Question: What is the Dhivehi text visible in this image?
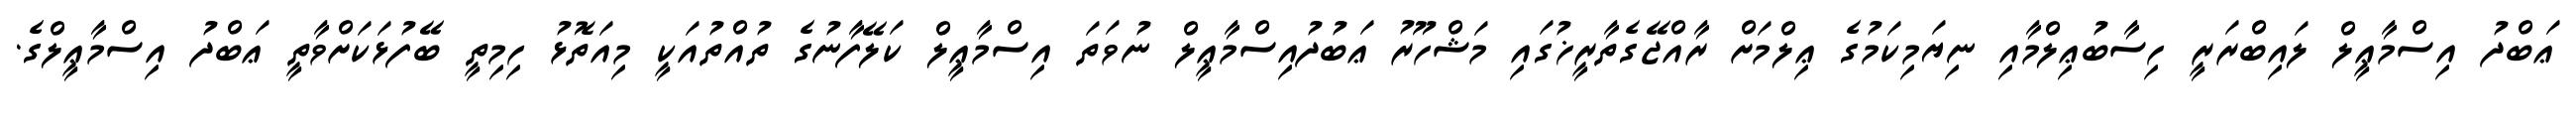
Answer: ޢަބްދު އިސްމާޢީލް ލައިބްރަރީ ހިސާބުޢިލްމާއި ނިޔަމިކަމުގެ ޢިލްމަށް ރާއްޖޭގެތާރީޚުގައި މަޝްހޫރު ޢަބުދުއިސްމާޢީލް ނުވަތަ އިސްމާޢީލް ކަލޭފާނުގެ ތުއްތުއަކީ މިއަތޮޅު ހިމިތީ ބޭފުޅަކަށްވާތީ ޢަބްދު އިސްމާޢީލްގެ.